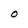
Character: O